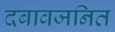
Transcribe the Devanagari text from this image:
दबावजनित